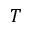
T